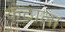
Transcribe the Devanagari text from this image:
कंठाला